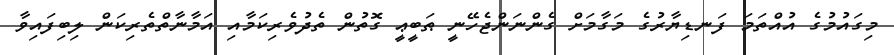
މިގައުމުގެ އުއްތަމަ ފަނޑިޔާރުގެ މަގާމަށް ގެންނަންޖެހޭނީ ޠަބީޢީ ގޮތުން ތެދުވެރިކަމާއި އަމާނާތްތެރިކަން ލިބިފައިވާ